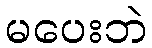
မပေးဘဲ